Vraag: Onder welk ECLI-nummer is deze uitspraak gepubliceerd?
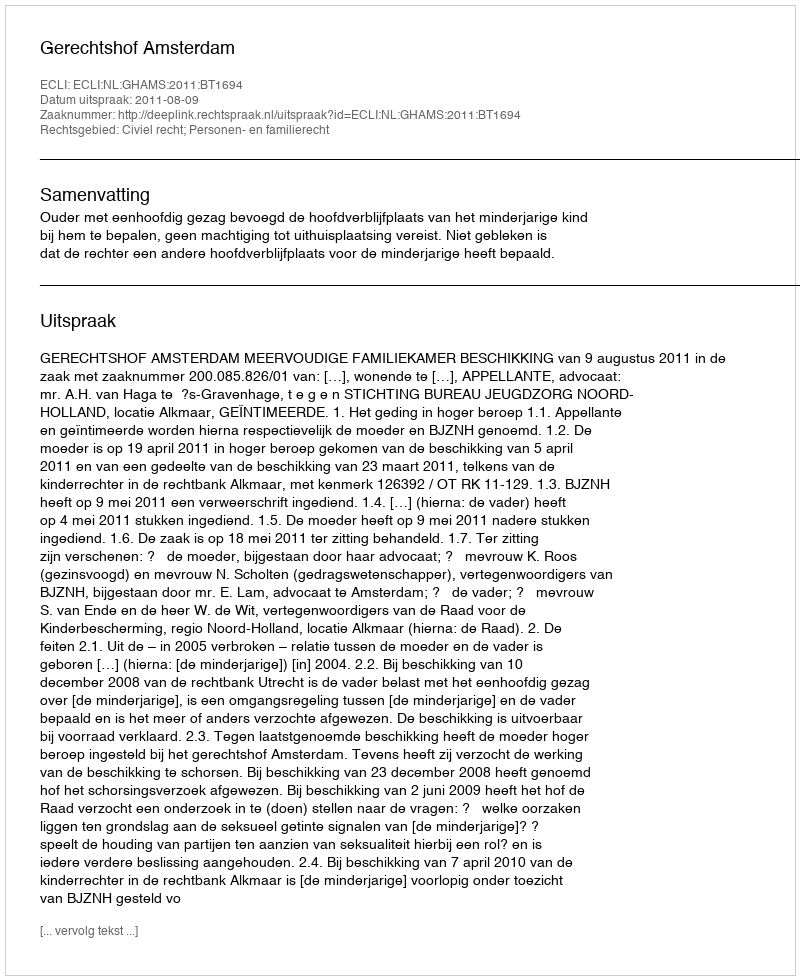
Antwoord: ECLI:NL:GHAMS:2011:BT1694